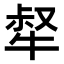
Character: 𤚜